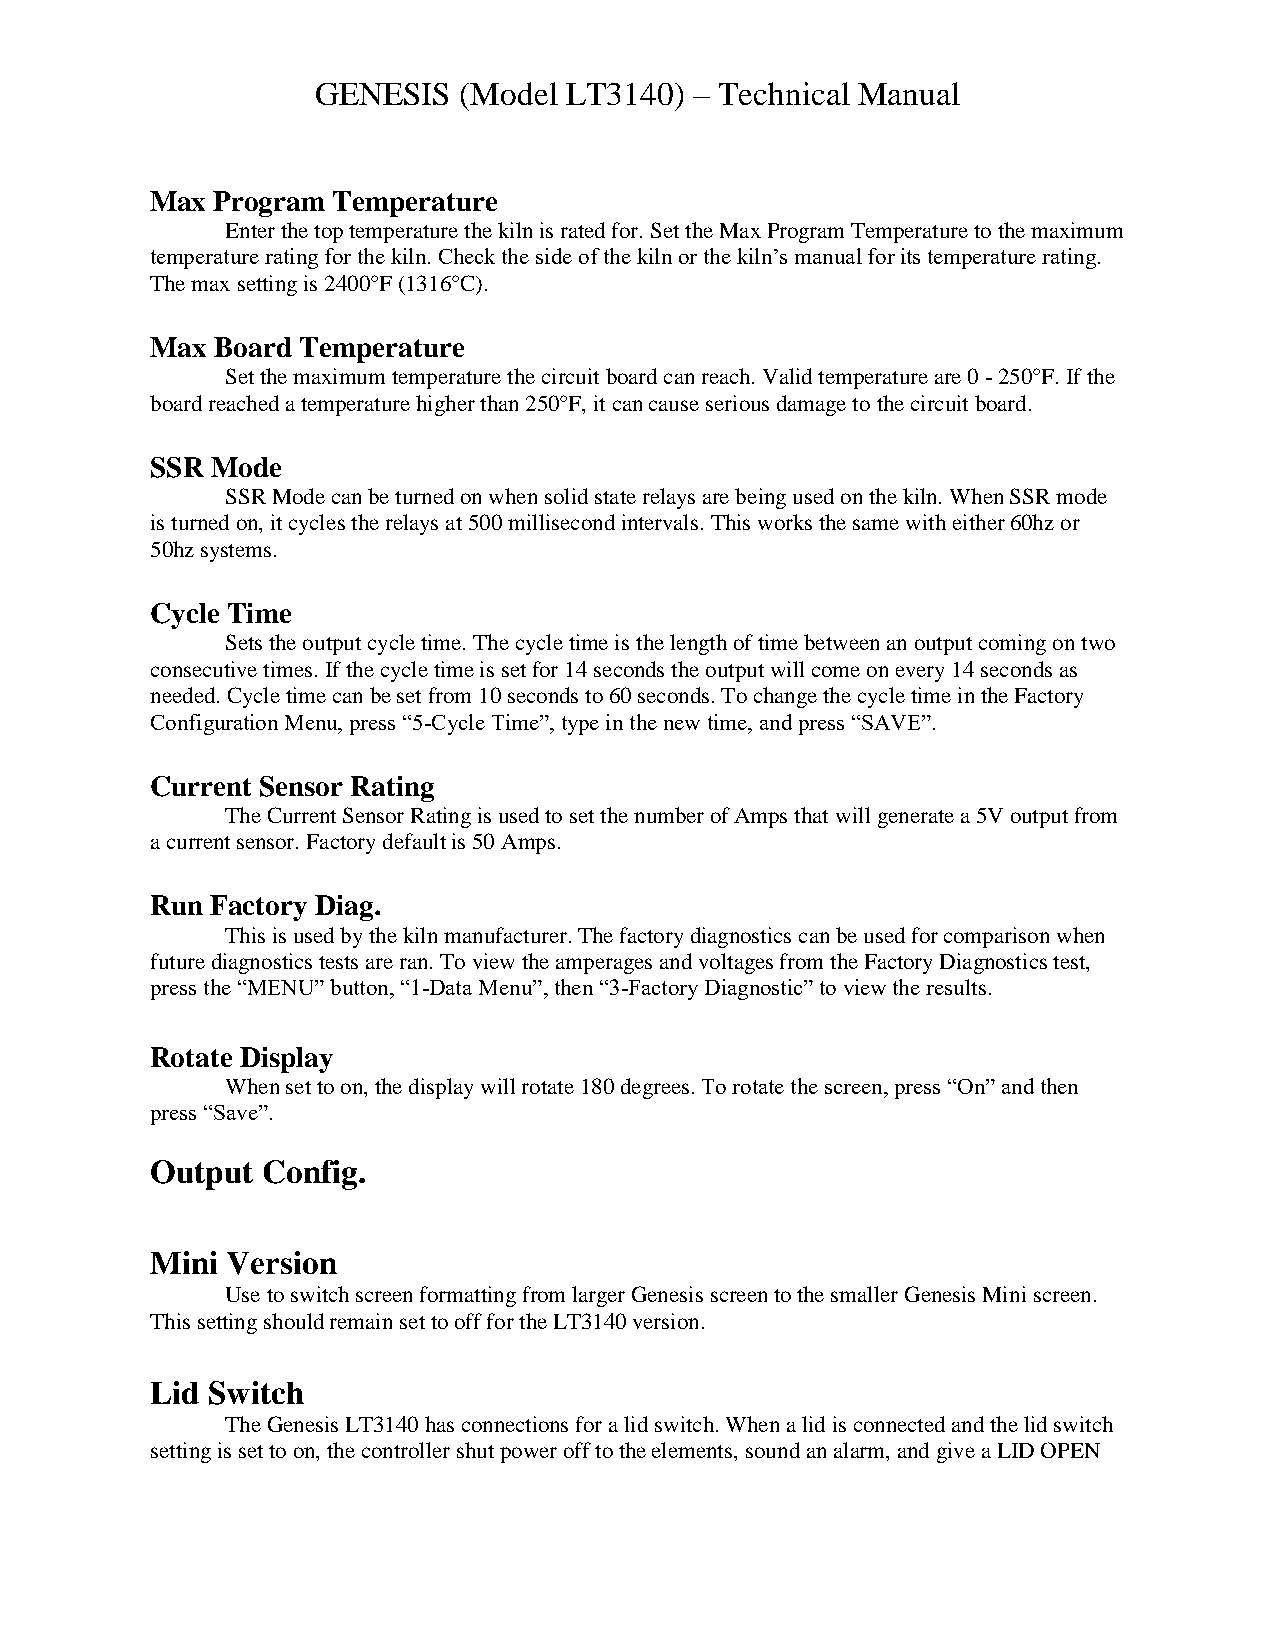
GENESIS  (Model  LT3140) – Technical Manual
 Max Program Temperature
 Enter the top temperature the kiln is rated for. Set the Max Program Temperature to the maximum
 temperature rating for the kiln. Check the side of the kiln or the kiln’s manual for its temperature rating.
 The max setting is 2400°F (1316°C).
 Max Board Temperature
 Set the maximum temperature the circuit board can reach. Valid temperature are 0 - 250°F. If the
 board reached a temperature higher than 250°F, it can cause serious damage to the circuit board.
 SSR Mode
 SSR Mode can be turned on when solid state relays are being used on the kiln. When SSR mode
 is turned on, it cycles the relays at 500 millisecond intervals. This works the same with either 60hz or
 50hz systems.
 Cycle Time
 Sets the output cycle time. The cycle time is the length of time between an output coming on two
 consecutive times. If the cycle time is set for 14 seconds the output will come on every 14 seconds as
 needed. Cycle time can be set from 10 seconds to 60 seconds. To change the cycle time in the Factory
 Configuration Menu, press “5-Cycle Time”, type in the new time, and press “SAVE”.
 Current Sensor Rating
 The Current Sensor Rating is used to set the number of Amps that will generate a 5V output from
 a current sensor. Factory default is 50 Amps.
 Run Factory Diag.
 This is used by the kiln manufacturer. The factory diagnostics can be used for comparison when
 future diagnostics tests are ran. To view the amperages and voltages from the Factory Diagnostics test,
 press the “MENU” button, “1-Data Menu”, then “3-Factory Diagnostic” to view the results.
 Rotate Display
 When set to on, the display will rotate 180 degrees. To rotate the screen, press “On” and then
 press “Save”.
 Output Config.
 Mini Version
 Use to switch screen formatting from larger Genesis screen to the smaller Genesis Mini screen.
 This setting should remain set to off for the LT3140 version.
 Lid Switch
 The Genesis LT3140 has connections for a lid switch. When a lid is connected and the lid switch
 setting is set to on, the controller shut power off to the elements, sound an alarm, and give a LID OPEN